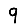
Digit: 9